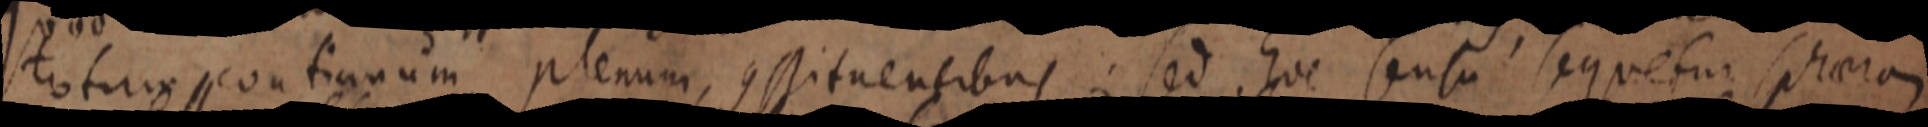
totur continuum plenum, conssituentibus sed hoc sensu sequetur sphaera